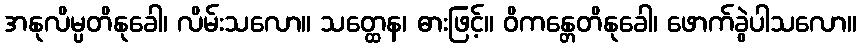
အနုလိမ္ပတိနုခေါ၊ လိမ်းသလော။ သတ္ထေန၊ ဓားဖြင့်။ ဝိကန္တေတိနုခေါ၊ ဖောက်ခွဲပါသလော။